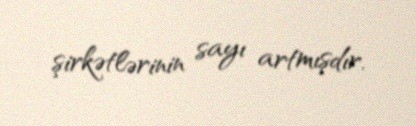
şirkətlərinin sayı artmışdır.